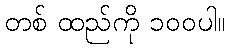
တစ် ထည်ကို ၁၀၀ပါ။